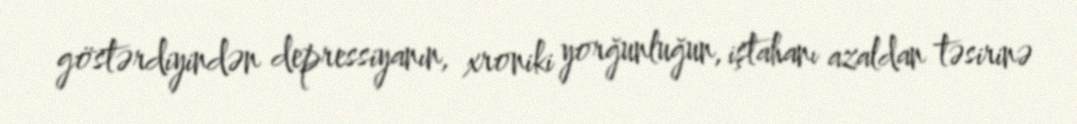
göstərdiyindən depressiyanın, xroniki yorğunluğun, iştahanı azaldan təsirinə